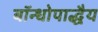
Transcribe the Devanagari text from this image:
बॉन्धोपाद्धैय